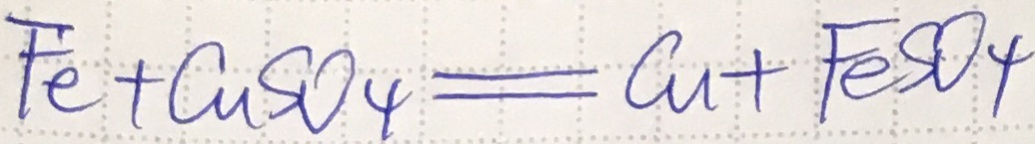
F e + C u S O _ { 4 } = C u + F e S O _ { 4 }